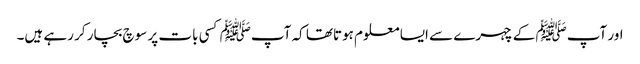
اور آپﷺ کے چہرے سے ایسا معلوم ہوتاتھا کہ آپﷺ کسی بات پر سوچ بچار کر رہے ہیں۔